Report of the Indian Hemp Drugs Commission, 1894-1895 - Volume II
Year: 1894
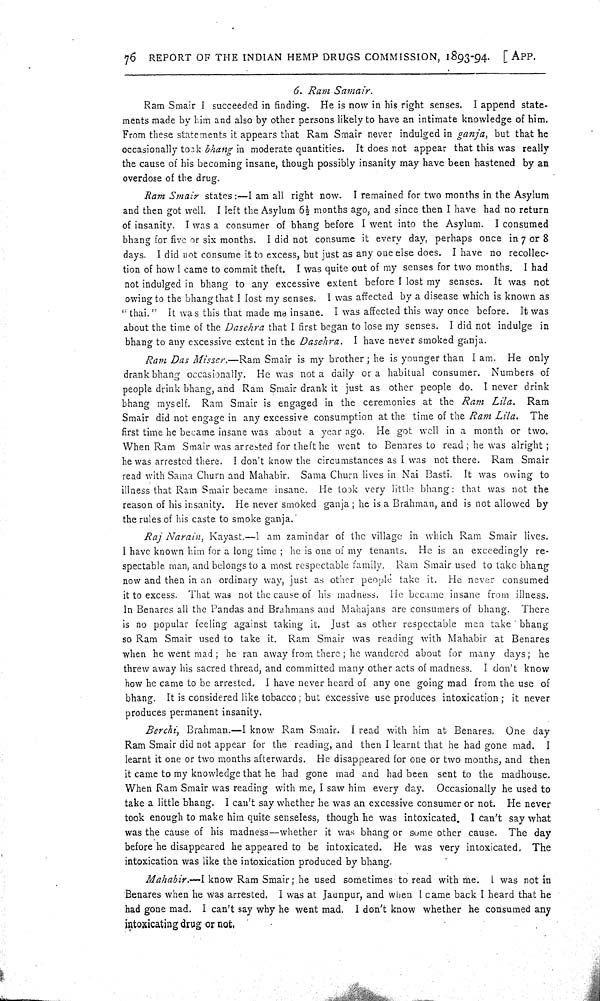
76 REPORT OF THE INDIAN HEMP DRUGS COMMISSION, 1893-94. [APP.
6. Ram Samair.
Ram Smair I succeeded in finding. He is now in his right senses. I append state-
ments made by him and also by other persons likely to have an intimate knowledge of him.
From these statements it appears that Ram Smair never indulged in ganja, but that he
occasionally took bhang in moderate quantities. It does not appear that this was really
the cause of his becoming insane, though possibly insanity may have been hastened by an
overdose of the drug.
Ram Smair states:—I am all right now. I remained for two months in the Asylum
and then got well. I left the Asylum 61/2 months ago, and since then I have had no return
of insanity. I was a consumer of bhang before I went into the Asylum. I consumed
bhang for five or six months. I did not consume it every day, perhaps once in 7 or 8
days. I did not consume it to excess, but just as any one else does. I have no recollec-
tion of how I came to commit theft. I was quite out of my senses for two months. I had
not indulged in bhang to any excessive extent before I lost my senses. It was not
owing to the bhang that I lost my senses. I was affected by a disease which is known as
"thai." It was this that made me insane. I was affected this way once before. It was
about the time of the Dasehra that I first began to lose my senses. I did not indulge in
bhang to any excessive extent in the Dasehra. I have never smoked ganja.
Ram Das Misser.—Ram Smair is my brother; he is younger than I am. He only
drank bhang occasionally. He was not a daily or a habitual consumer. Numbers of
people drink bhang, and Ram Smair drank it just as other people do. I never drink
bhang myself. Ram Smair is engaged in the ceremonies at the Ram Lila.
Ram
Smair did not engage in any excessive consumption at the time of the Ram Lila.
The
first time he became insane was about a year ago. He got well in a month or two.
When Ram Smair was arrested for theft he went to Benares to read; he was alright;
he was arrested there. I don't know the circumstances as I was not there. Ram Smair
read with Sama Churn and Mahabir. Sama Churn lives in Nai Basti. It was owing to
illness that Ram Smair became insane. He took very little bhang: that was not the
reason of his insanity. He never smoked ganja; he is a Brahman, and is not allowed by
the rules of his caste to smoke ganja.
Raj Narain, Kayast.—I am zamindar of the village in which Ram Smair lives.
I have known him for a long time; he is one of my tenants. He is an exceedingly re-
spectable man, and belongs to a most respectable family. Ram Smair used to take bhang
now and then in an ordinary way, just as other people take it. He never consumed
it to excess. That was not the cause of his madness. He became insane from illness.
In Benares all the Pandas and Brahmans and Mahajans are consumers of bhang. There
is no popular feeling against taking it. Just as other respectable men take bhang
so Ram Smair used to take it. Ram Smair was reading with Mahabir at Benares
when he went mad; he ran away from there; he wandered about for many days; he
threw away his sacred thread, and committed many other acts of madness. I don't know
how he came to be arrested. I have never heard of any one going mad from the use of
bhang. It is considered like tobacco; but excessive use produces intoxication; it never
produces permanent insanity.
Berchi, Brahman.—I know Ram Smair. I read with him at Benares. One day
Ram Smair did not appear for the reading, and then I learnt that he had gone mad. I
learnt it one or two months afterwards. He disappeared for one or two months, and then
it came to my knowledge that he had gone mad and had been sent to the madhouse.
When Ram Smair was reading with me, I saw him every day. Occasionally he used to
take a little bhang. I can't say whether he was an excessive consumer or not. He never
took enough to make him quite senseless, though he was intoxicated. I can't say what
was the cause of his madness—whether it was bhang or some other cause. The day
before he disappeared he appeared to be intoxicated. He was very intoxicated. The
intoxication was like the intoxication produced by bhang.
Mahabir.—I know Ram Smair; he used sometimes to read with me. I was not in
Benares when he was arrested. I was at Jaunpur, and when I came back I heard that he
had gone mad. I can't say why he went mad. I don't know whether he consumed any
intoxicating drug or
not.